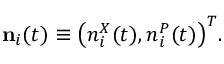
{ \bf n } _ { i } ( t ) \equiv \big ( n _ { i } ^ { X } ( t ) , n _ { i } ^ { P } ( t ) \big ) ^ { T } .